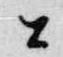
公